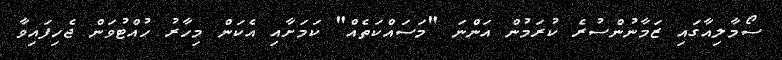
ސޯމާލިއާގައި ޒަމާނުންސުރެ ކުރަމުން އަންނަ "މަސައްކަތެއް" ކަމަށާއި އެކަން މިހާރު ހުއްޓުވަން ޖެހިފައިވާ